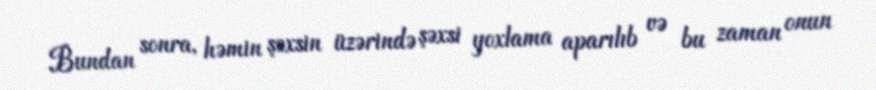
Bundan sonra, həmin şəxsin üzərində şəxsi yoxlama aparılıb və bu zaman onun